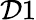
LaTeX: \mathcal{D}1